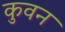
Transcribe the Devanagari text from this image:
कुवन